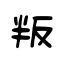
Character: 叛